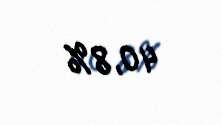
40,8%